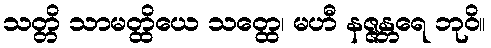
သတ္တိ သာမတ္ထိယေ သတ္ထေ၊ မဟီ နဇ္ဇန္တရေ ဘုဝိ။